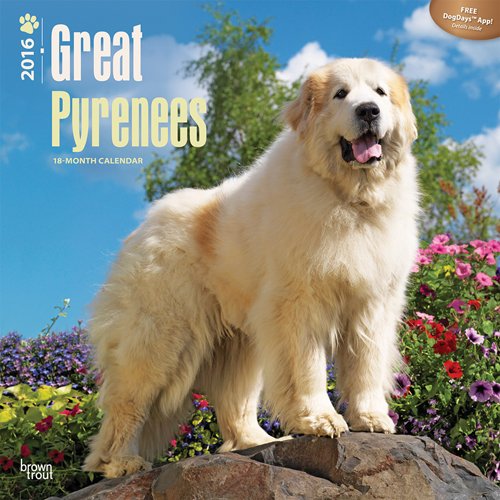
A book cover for Great Pyrenees 2016 Square 12x12 (Multilingual Edition); Browntrout Publishers; Calendars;